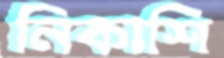
নিকাশি